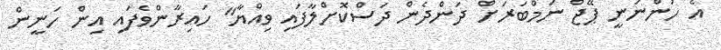
އެ ހުންނަނީ ޕޭޖް ނަމްބަރަށް ދަންދެން ދަސްކޮށްލާފައި ވިއްޔާ" ހައިރާންވެފައި އިން ހަނީން